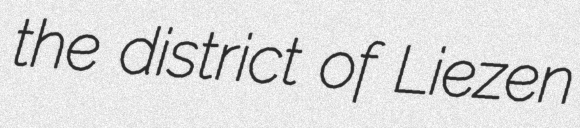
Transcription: the district of Liezen